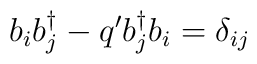
b_{i} b_{j}^{\dagger} - q^{\prime} b_{j}^{\dagger} b_{i} = \delta_{ij}